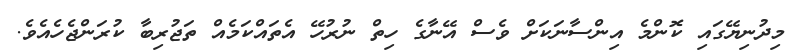
މިދުނިޔޭގައި ކޮންމެ އިންސާނަކަށް ވެސް އޭނާގެ ހިތް ނުރުހޭ އެތައްކަމެއް ތަޖުރިބާ ކުރަންޖެހެއެވެ.